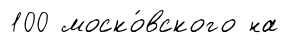
100 моско́вского на